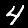
Label: 4